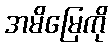
အမိမြေကို